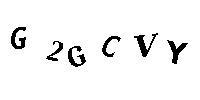
G2GCVY